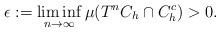
LaTeX: \begin{align*}\epsilon := \liminf_{n\to \infty} \mu (T^n C_h \cap C_h^c ) > 0 . \end{align*}